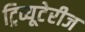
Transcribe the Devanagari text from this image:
ट्रिव्यूटेरीज